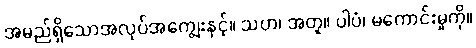
အမည်ရှိသောအလုပ်အကျွေးနှင့်။ သဟ၊ အတူ။ ပါပံ၊ မကောင်းမှုကို။